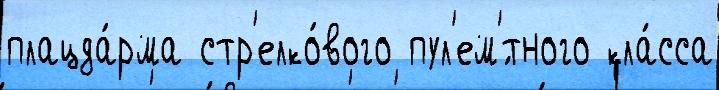
плацда́рма стр'елко́вого пул'ем'́тного кла́сса